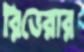
রিভেরার